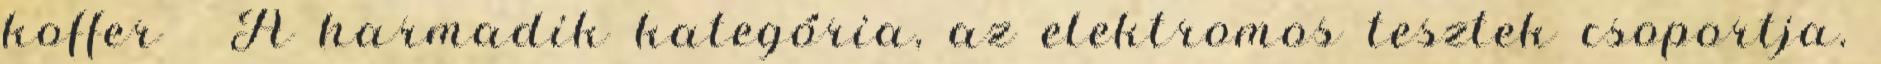
koffer 🙂 A harmadik kategória, az elektromos tesztek csoportja.